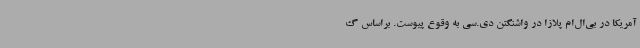
آمریکا در بی‌ال‌ام پلازا در واشنگتن دی.سی به وقوع پیوست. براساس گ